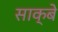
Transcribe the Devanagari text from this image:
साक्बे